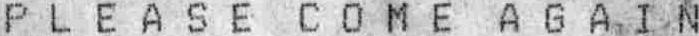
P L E A S E  C O M E  A G A I N